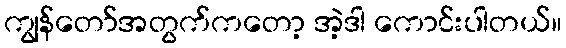
ကျွန်တော်အတွက်ကတော့ အဲ့ဒါ ကောင်းပါတယ်။